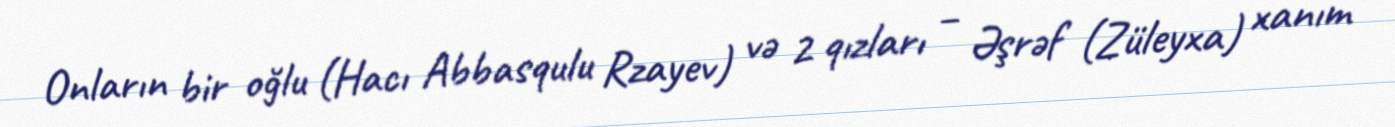
Onların bir oğlu (Hacı Abbasqulu Rzayev) və 2 qızları – Əşrəf (Züleyxa) xanım